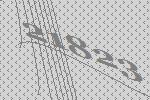
21823